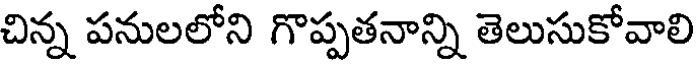
చిన్న పనులలోని గొప్పతనాన్ని తెలుసుకోవాలి